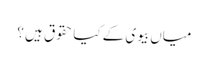
میاں بیوی کے کیا حقوق ہیں ؟